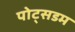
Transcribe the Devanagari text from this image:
पोट्सडम